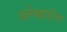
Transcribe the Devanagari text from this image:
अलेक्झांड्रीया